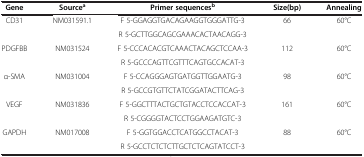
<table><thead><tr><td><b>Gene</b></td><td><b>Source<sup>a</sup></b></td><td><b>Primer sequences<sup>b</sup></b></td><td><b>Size(bp)</b></td><td><b>Annealing</b></td></tr></thead><tbody><tr><td rowspan="2">CD31</td><td rowspan="2">NM031591.1</td><td>F 5-GGAGGTGACAGAAGGTGGGATTG-3</td><td rowspan="2">66</td><td rowspan="2">60°C</td></tr><tr><td>R 5-GCTTGGCAGCGAAACACTAACAGG-3</td></tr><tr><td rowspan="2">PDGFBB</td><td rowspan="2">NM031524</td><td>F 5-CCCACACGTCAAACTACAGCTCCAA-3</td><td rowspan="2">112</td><td rowspan="2">60°C</td></tr><tr><td>R 5-GCCCAGTTCGTTTCAGTGCCACAT-3</td></tr><tr><td rowspan="2">α-SMA</td><td rowspan="2">NM031004</td><td>F 5-CCAGGGAGTGATGGTTGGAATG-3</td><td rowspan="2">98</td><td rowspan="2">60°C</td></tr><tr><td>R 5-GCCGTGTTCTATCGGATACTTCAG-3</td></tr><tr><td rowspan="2">VEGF</td><td rowspan="2">NM031836</td><td>F 5-GGCTTTACTGCTGTACCTCCACCAT-3</td><td rowspan="2">161</td><td rowspan="2">60°C</td></tr><tr><td>R 5-CGGGGTACTCCTGGAAGATGTC-3</td></tr><tr><td rowspan="2">GAPDH</td><td rowspan="2">NM017008</td><td>F 5-GGTGGACCTCATGGCCTACAT-3</td><td rowspan="2">88</td><td rowspan="2">60°C</td></tr><tr><td>R 5-GCCTCTCTCTTGCTCTCAGTATCCT-3</td></tr></tbody></table>